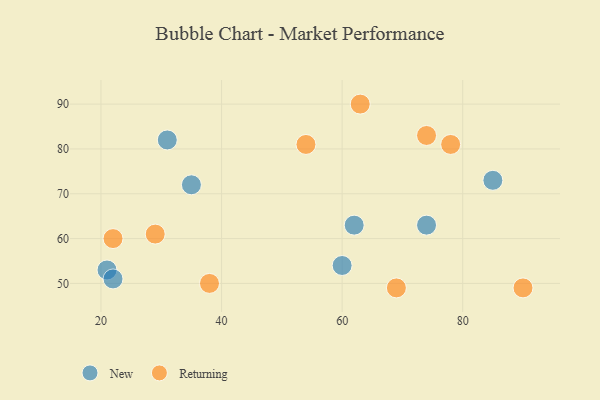
{"axis": {"x": "GDP", "y": "Life Expectancy"}, "legend": ["New", "Returning"], "data": [{"x": "35", "y": 72, "type": "New"}, {"x": "21", "y": 53, "type": "New"}, {"x": "85", "y": 73, "type": "New"}, {"x": "62", "y": 63, "type": "New"}, {"x": "22", "y": 51, "type": "New"}, {"x": "31", "y": 82, "type": "New"}, {"x": "60", "y": 54, "type": "New"}, {"x": "74", "y": 63, "type": "New"}, {"x": "22", "y": 60, "type": "Returning"}, {"x": "63", "y": 90, "type": "Returning"}, {"x": "74", "y": 83, "type": "Returning"}, {"x": "38", "y": 50, "type": "Returning"}, {"x": "78", "y": 81, "type": "Returning"}, {"x": "54", "y": 81, "type": "Returning"}, {"x": "29", "y": 61, "type": "Returning"}, {"x": "90", "y": 49, "type": "Returning"}, {"x": "69", "y": 49, "type": "Returning"}]}